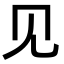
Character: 见